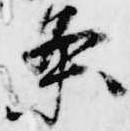
条